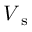
V _ { \textrm { s } }